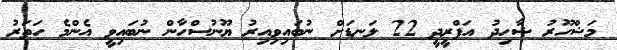
މަޝްހޫރު ޝާހިދު އަފްރީދީ 22 ލަނޑަށް ނުބައިވިއިރު ޔޫނުސްހާން ނުބައިވީ އެންމެ ހަތަރު